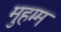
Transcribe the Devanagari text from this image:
मुहम्म